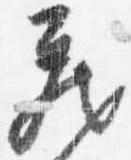
蔵